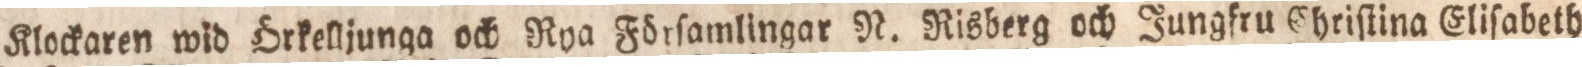
Klockaren wid örkelljunga och Rya Förſamlingar N. Risberg och Jungfru Chriſtina Eliſabet